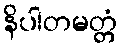
နိပါတမတ္တံ